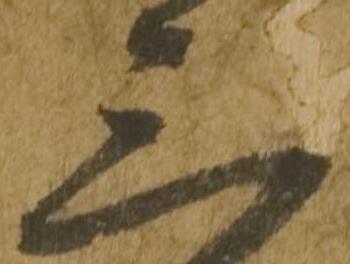
三